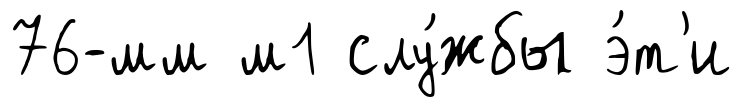
76-мм м1 слу́жбы э́т'и